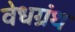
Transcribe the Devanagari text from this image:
वेधग्रंथ